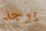
يوجد